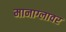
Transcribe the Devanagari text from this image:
मानाग्लावर